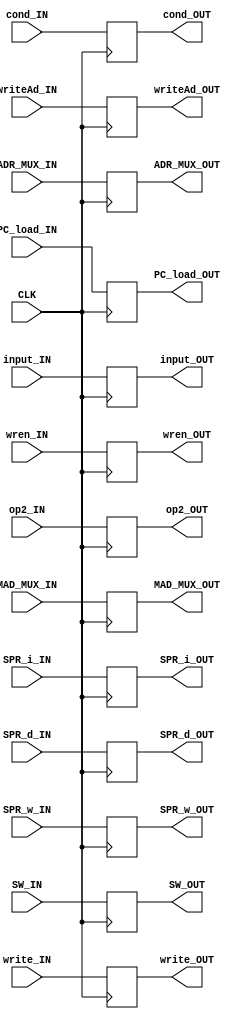
module DecodeUnitRegisterTwo(
   input 	CLK,
   input 	input_IN, wren_IN,
   input [2:0] 	writeAd_IN,
   input 	ADR_MUX_IN, write_IN, PC_load_IN,
   input 	SPR_w_IN, SPR_i_IN, SPR_d_IN,
   input [2:0] 	cond_IN, op2_IN,
   input 	SW_IN, MAD_MUX_IN,
   output 	input_OUT, wren_OUT,
   output [2:0] writeAd_OUT,
   output 	ADR_MUX_OUT, write_OUT, PC_load_OUT,
   output 	SPR_w_OUT, SPR_i_OUT, SPR_d_OUT,
   output [2:0] cond_OUT, op2_OUT,
   output 	SW_OUT, MAD_MUX_OUT);
   
   reg          in, wren;
   reg [2:0] 	writeAd;
   reg          adrmux, write, pcload;
   reg [2:0] 	cond, opera2;
   reg 		sprw,spri,sprd;
   reg 		sw, mad;
   

   always @ (posedge CLK) begin
      in <= input_IN;
      wren <= wren_IN;
      writeAd <= writeAd_IN;
      adrmux <= ADR_MUX_IN;
      write <= write_IN;
      pcload <= PC_load_IN;
      cond <= cond_IN;
      opera2 <= op2_IN;
      sprw <= SPR_w_IN;
      spri <= SPR_i_IN;
      sprd <= SPR_d_IN;
      sw <= SW_IN;
      mad <= MAD_MUX_IN;
   end // always @ (posedge CLK)
   
   assign input_OUT = in;
   assign wren_OUT = wren;
   assign writeAd_OUT = writeAd;
   assign ADR_MUX_OUT = adrmux;
   assign write_OUT = write;
   assign PC_load_OUT = pcload;
   assign cond_OUT = cond;
   assign op2_OUT = opera2;
   assign SPR_w_OUT = sprw;
   assign SPR_i_OUT = spri;
   assign SPR_d_OUT = sprd;
   assign SW_OUT = sw;
   assign MAD_MUX_OUT = mad;
endmodule